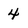
Character: 4